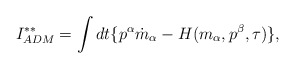
\begin{align*}I^{\ast\ast}_{ADM}=\int dt \{p^{\alpha}\dot{m}_{\alpha}-H(m_{\alpha}, p^{\beta},\tau)\},\end{align*}